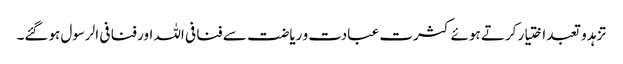
تزہد و تعبد اختیار کرتے ہوئے کثرت عبادت و ریاضت سے فنا فی اللہ اور فنا فی الرسول ہوگئے۔